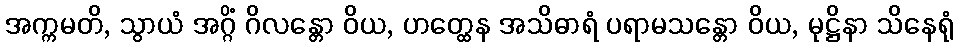
အက္ကမတိ, သွာယံ အဂ္ဂိံ ဂိလန္တော ဝိယ, ဟတ္ထေန အသိဓာရံ ပရာမသန္တော ဝိယ, မုဋ္ဌိနာ သိနေရုံ